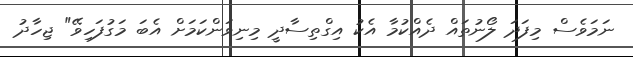
ނަމަވެސް މިފަދަ ލޯނުތައް ދެއްކުމާ އެކު އިގްތިސާދީ މިނިވަންކަމަށް އެބަ މަގުފަހިވޭ" ޖިހާދު